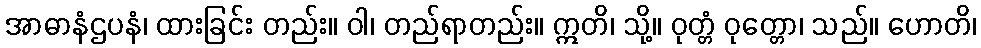
အာဓာနံဌပနံ၊ ထားခြင်း တည်း။ ဝါ၊ တည်ရာတည်း။ ဣတိ၊ သို့။ ဝုတ္တံ ဝုတ္တော၊ သည်။ ဟောတိ၊